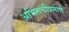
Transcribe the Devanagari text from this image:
अभिरूचीप्रमाणे